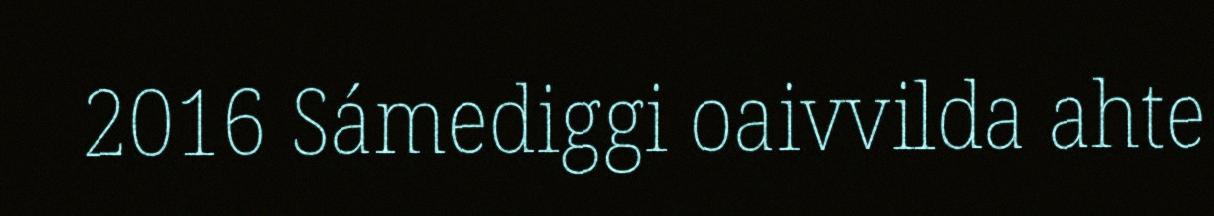
2016 Sámediggi oaivvilda ahte